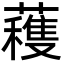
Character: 𮒗